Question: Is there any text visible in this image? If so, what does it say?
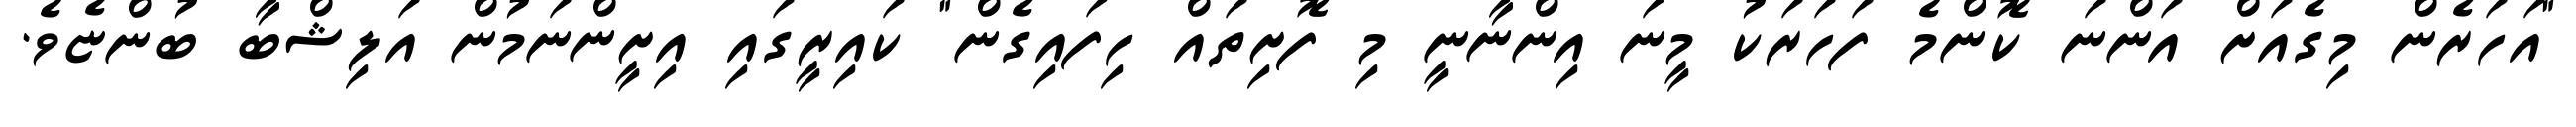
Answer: "އަހަރެން މިގެއަށް އަންނަ ކޮންމެ ފަހަރަކު މީނަ އިންނާނީ މި ފޮށިތައް ހިފައިގެން" ކައިރީގައި އިށީންނަމުން އަލިޝްބާ ބުންޏެވެ.